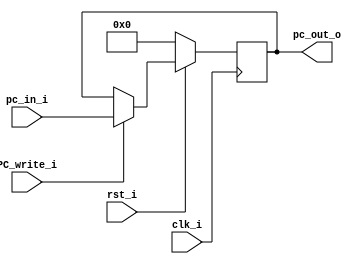
//Subject:     CO project 4 - PC
//--------------------------------------------------------------------------------
//Version:     1
//--------------------------------------------------------------------------------
//Writer:      0416038 _0416326 t 
//----------------------------------------------
//Date:        
//----------------------------------------------
//Description: 
//--------------------------------------------------------------------------------

module ProgramCounter(
   clk_i,
	rst_i,
	PC_write_i,
	pc_in_i,
	pc_out_o
	);
     
//I/O ports
input          clk_i;
input	        	rst_i;
input				PC_write_i;
input  [32-1:0] pc_in_i;
output [32-1:0] pc_out_o;
 
//Internal Signals
reg    [32-1:0] pc_out_o;
 
//Parameter

    
//Main function
always @(posedge clk_i) begin
    if(~rst_i)
		pc_out_o <= 0;
	else if (PC_write_i)
		pc_out_o <= pc_in_i;
	else
		pc_out_o <= pc_out_o;
end

endmodule